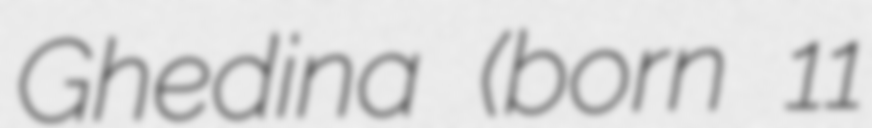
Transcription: Ghedina (born 11